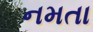
નમતા